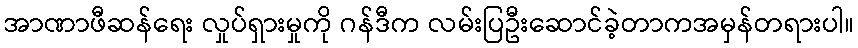
အာဏာဖီဆန်ရေး လှုပ်ရှားမှုကို ဂန်ဒီက လမ်းပြဦးဆောင်ခဲ့တာကအမှန်တရားပါ။